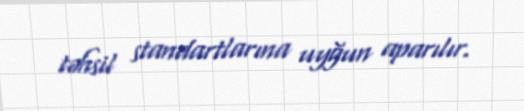
təhsil standartlarına uyğun aparılır.